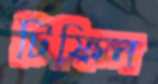
টিফিন